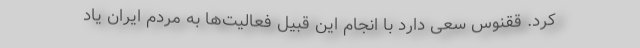
کرد. ققنوس سعی دارد با انجام این قبیل فعالیت‌ها به مردم ایران یاد